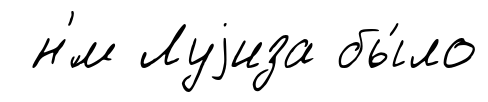
н'́м Луjиза бы́ло